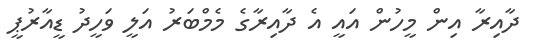
ދާއިރާ އިން މީހުން އައީ އެ ދާއިރާގެ މެމްބަރު އަލީ ވަހީދު ޑީއާރުޕީ